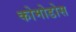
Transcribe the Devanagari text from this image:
कोमोडोस